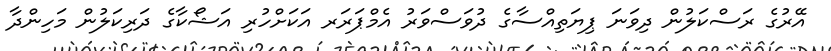
އޭރުގެ ރަސްކަލުން ދިވަނަ ޕިޔަތިއްސާގެ ދުވަސްވަރު އެމްޕަރަރ އަކަށްހުރި އަޝޯކާގެ ދަރިކަލުން މަހިންދާ